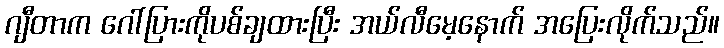
ဂျီတာက ဂေါ်ပြားကိုပစ်ချထားပြီး အယ်လီမေ့နောက် အပြေးလိုက်သည်။